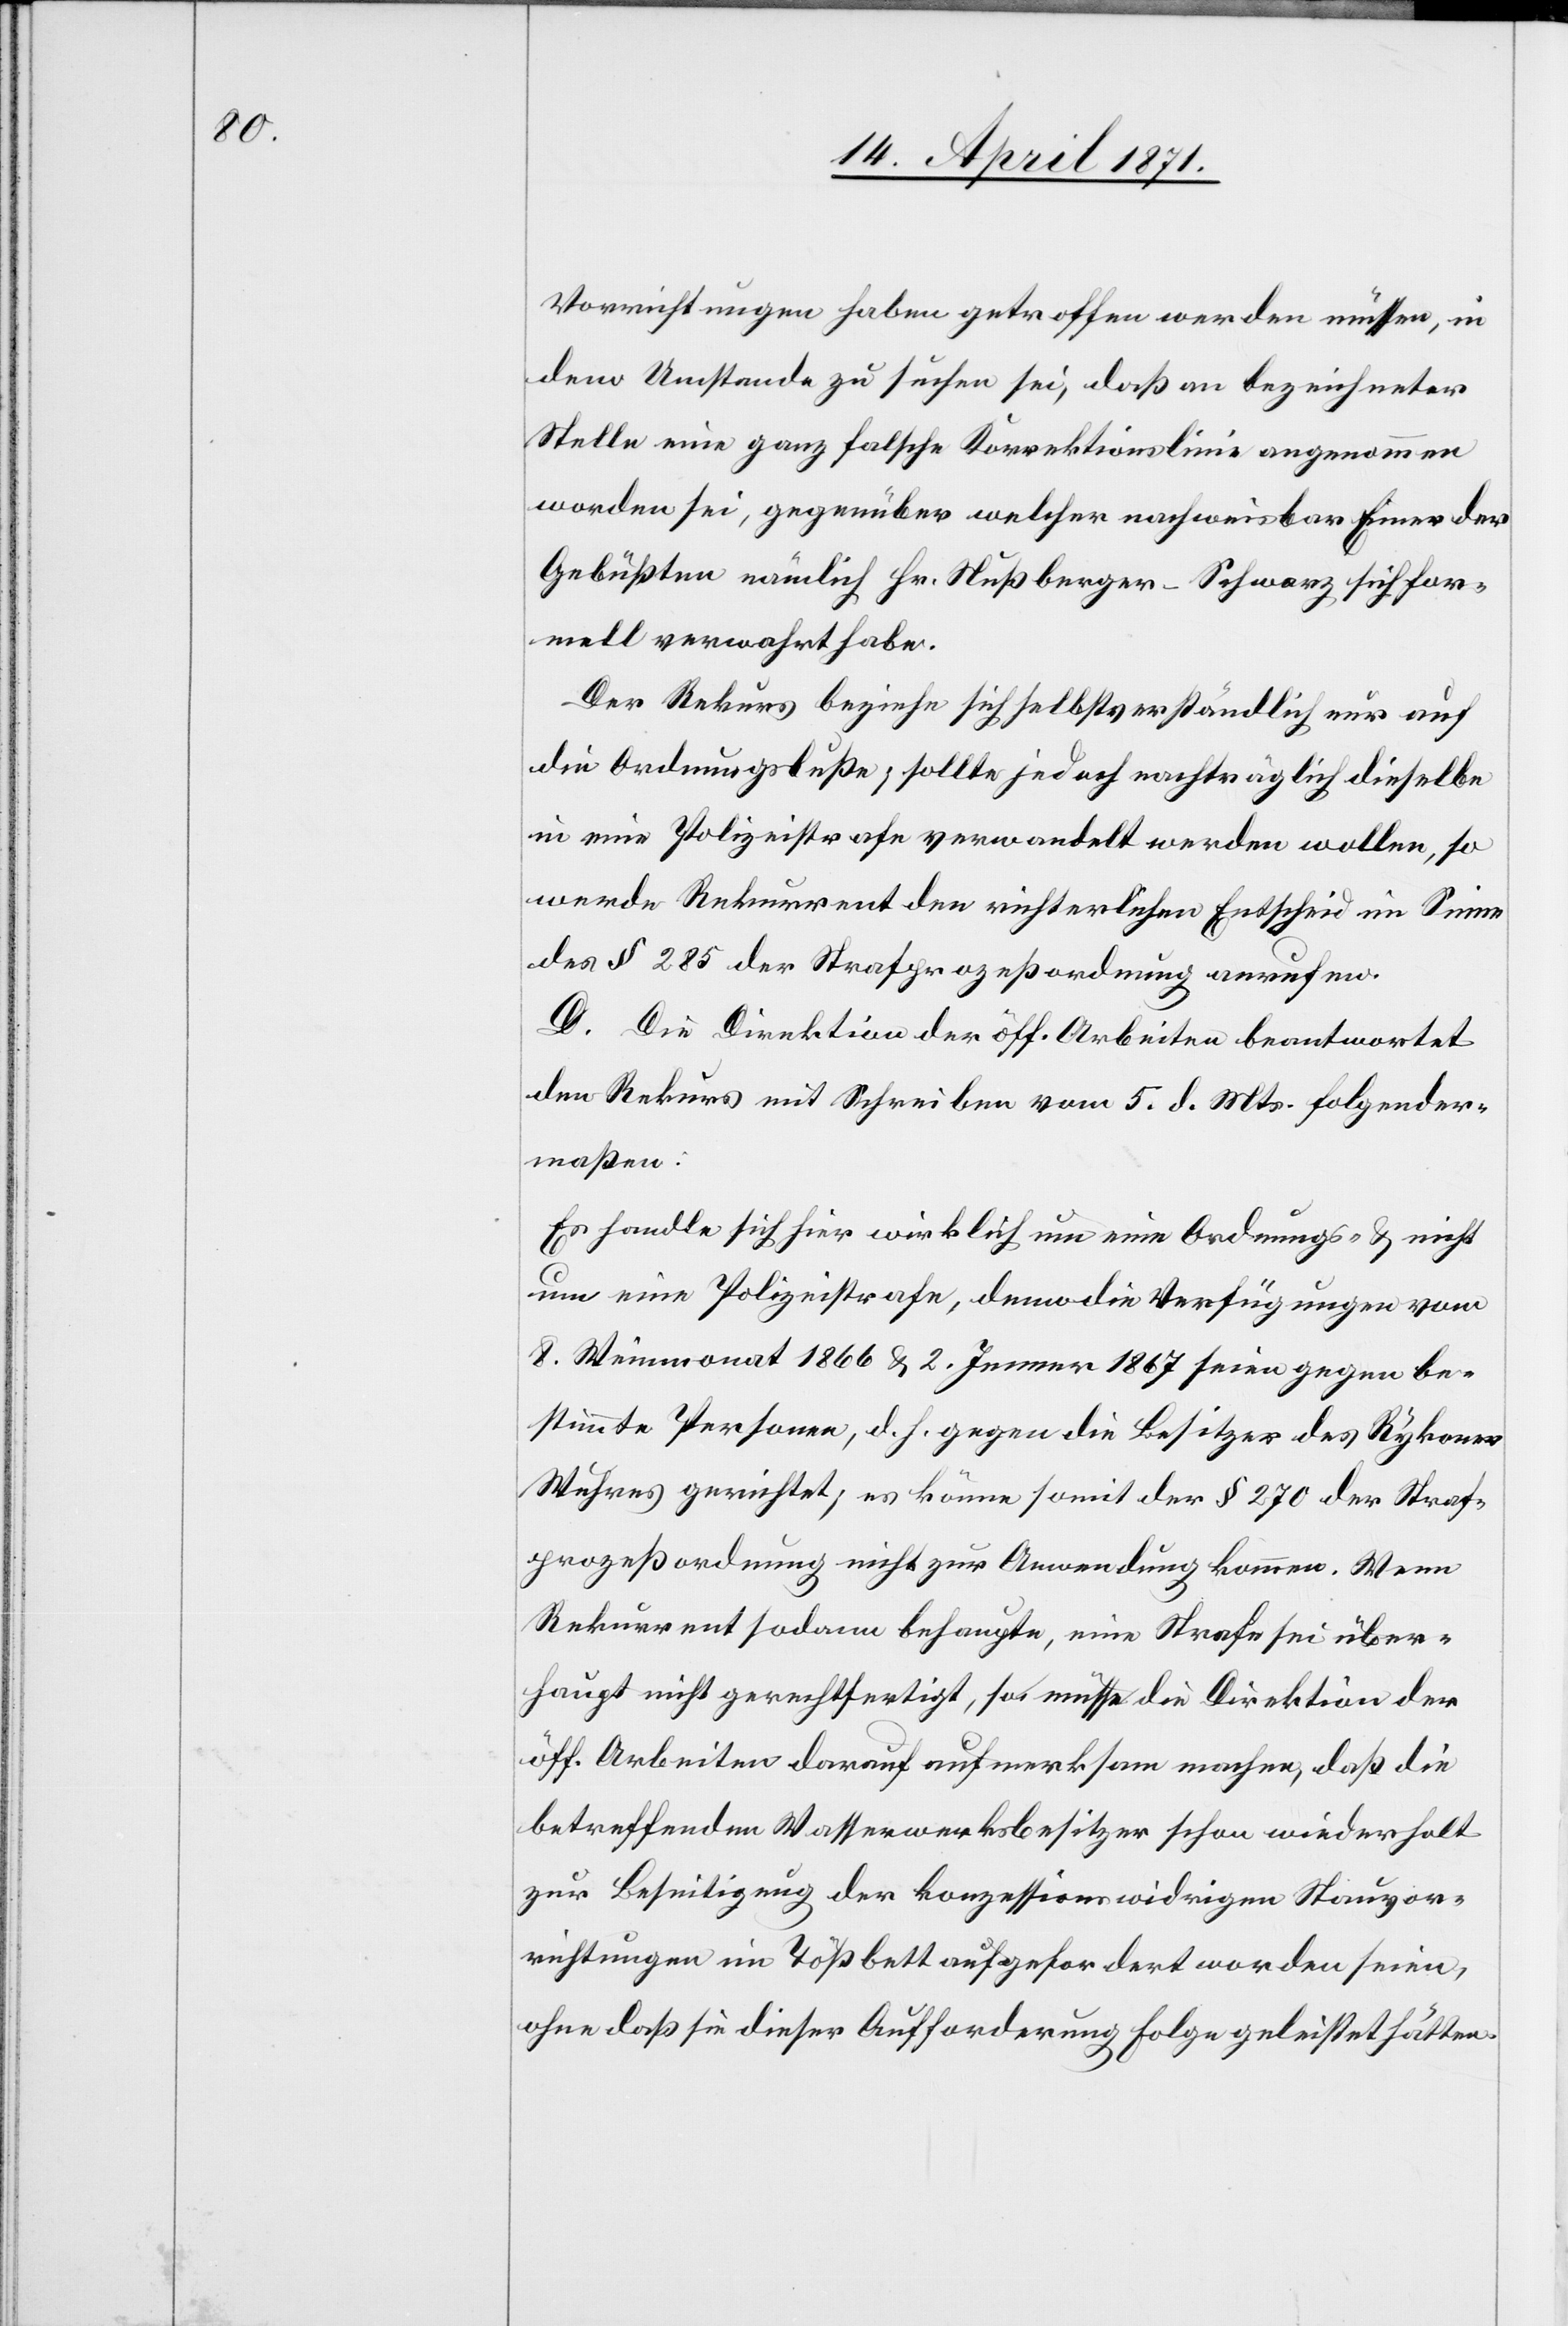
Vorrichtungen haben getroffen werden müssen, in
dem Umstande zu suchen sei, daß an bezeichneter
Stelle eine ganz falsche Korrektionslinie angenommen
worden sei, gegenüber welcher nachweisbar Einer der
Gebüßten nämlich Hr. Nußberger-Schwarz sich for¬
mell verwahrt habe.
Der Rekurs beziehe sich selbstverständlich nur auf
die Ordnungsbuße; sollte jedoch nachträglich dieselbe
in eine Polizeistrafe verwandelt werden wollen, so
werde Rekurrent den richterlichen Entscheid im Sinne
des § 285 der Strafprozeßordnung anrufen.
D. Die Direktion der öff. Arbeiten beantwortet
den Rekurs mit Schreiben vom 5. d. Mts. folgender¬
maßen:
Es handle sich hier wirklich um eine Ordnungs- u. nicht
um eine Polizeistrafe, denn die Verfügungen vom
8. Weinmonat 1866 u. 2. Jenner 1867 seien gegen be¬
stimmte Personen, d. h. gegen die Besitzer des Rykoner
Wuhres gerichtete, es könne somit der § 270 der Straf¬
prozeßordnung nicht zur Anwendung kommen. Wenn
Rekurrent sodann behaupte, eine Strafe sei über¬
haupt nicht gerechtfertigt, so müsse die Direktion der
öff. Arbeiten darauf aufmerksam machen, daß die
betreffenden Wasserwerksbesitzer schon wiederholt
zur Beseitigung der konzessionswidrigen Stauvor¬
richtungen im Tößbett aufgefordert worden seien,
ohne daß sie dieser Aufforderung Folge geleistet hätten.